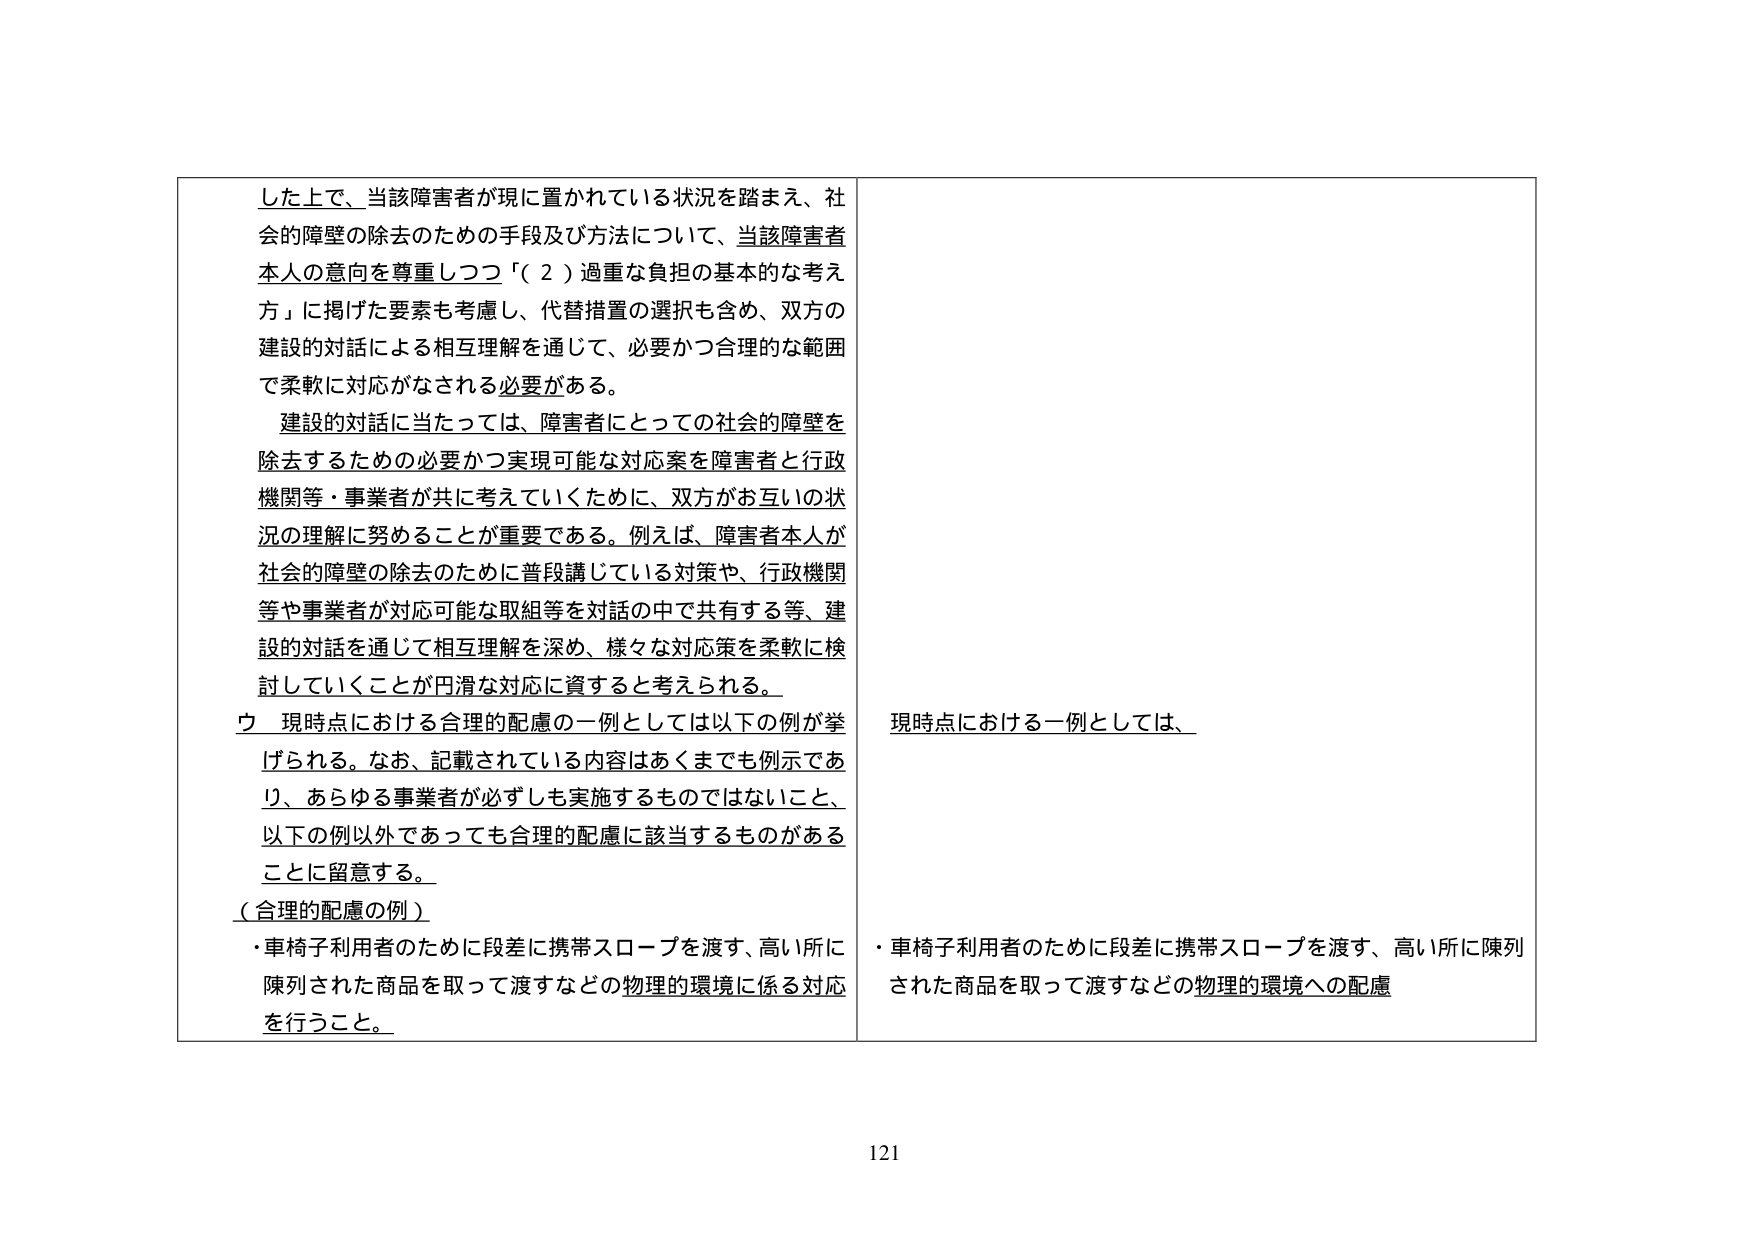
した上で、当該障害者が現に置かれている状況を踏まえ、社会的障壁の除去のための手段及び方法について、当該障害者本人の意向を尊重しつつ「（２）過重な負担の基本的な考え方」に掲げた要素も考慮し、代替措置の選択も含め、双方の建設的対話による相互理解を通じて、必要かつ合理的な範囲で柔軟に対応がなされる必要がある。

建設的対話に当たっては、障害者にとっての社会的障壁を除去するための必要かつ実現可能な対応案を障害者と行政機関等・事業者が共に考えていくために、双方がお互いの状況の理解に努めることが重要である。例えば、障害者本人が社会的障壁の除去のために普段講じている対策や、行政機関等や事業者が対応可能な取組等を対話の中で共有する等、建設的対話を通じて相互理解を深め、様々な対応策を柔軟に検討していくことが円滑な対応に資すると考えられる。

ウ 現時点における合理的配慮の一例としては以下の例が挙げられる。なお、記載されている内容はあくまでも例示であり、あらゆる事業者が必ずしも実施するものではないこと、以下の例以外であっても合理的配慮に該当するものがあることに留意する。

（合理的配慮の例）
・車椅子利用者のために段差に携帯スロープを渡す、高い所に陳列された商品を取って渡すなどの物理的環境に係る対応を行うこと。

現時点における一例としては、

・車椅子利用者のために段差に携帯スロープを渡す、高い所に陳列された商品を取って渡すなどの物理的環境への配慮

121